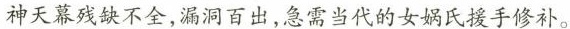
神天幕残缺不全，漏洞百出，急需当代的女娲氏援手修补。